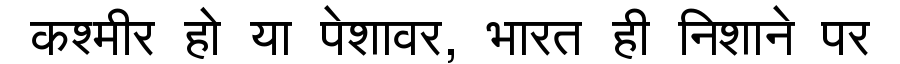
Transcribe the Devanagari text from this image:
कश्मीर हो या पेशावर, भारत ही निशाने पर